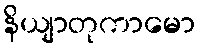
နိယျာတုကာမော